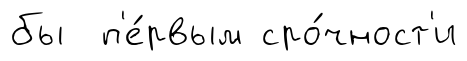
бы п'е́рвым сро́чност'и